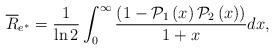
LaTeX: \begin{align*}{\overline{R}}_{e^{*}}= \frac{1}{{\ln 2}}\int_0^\infty {\frac{{\left( {1 - \mathcal{P}_1\left( {x} \right)\mathcal{P}_2\left( {x} \right)} \right)}}{{1 + x}}dx},\end{align*}